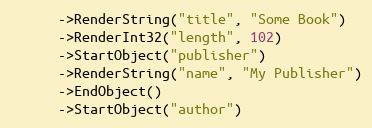
Language: C++
      ->RenderString("title", "Some Book")
      ->RenderInt32("length", 102)
      ->StartObject("publisher")
      ->RenderString("name", "My Publisher")
      ->EndObject()
      ->StartObject("author")